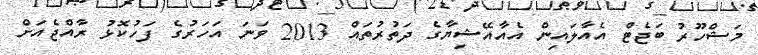
މަޝްހޫރު ބަޖެޓް އެއާލައިން އެއާއޭޝިޔާގެ ދަތުރުތައް 2013 ވަނަ އަހަރުގެ ފަހުކޮޅު ރާއްޖެއަށް